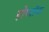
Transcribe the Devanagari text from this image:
होप्पॉक